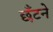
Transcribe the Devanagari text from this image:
छँटने